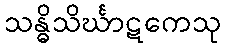
သန္ဓိသိင်္ဃာဋကေသု